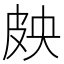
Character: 𱲁